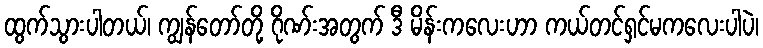
ထွက်သွားပါတယ်၊ ကျွန်တော်တို့ ဂိုဏ်းအတွက် ဒီ မိန်းကလေးဟာ ကယ်တင်ရှင်မကလေးပါပဲ၊